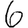
Digit: 6